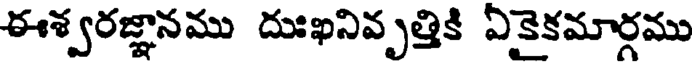
ఈశ్వరజ్ఞానము దుఃఖనివృత్తికి ఏకైకమార్గము